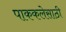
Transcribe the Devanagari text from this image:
पाककलेसाठी